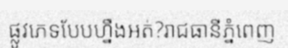
ផ្លូវភេទបែបហ្នឹងអត់?រាជធានីភ្នំពេញ